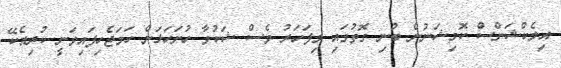
އިލެކްޝަންސް ކޮމިޝަނުން ބުނި ގޮތުގައި މިފަހަރު ވެސް ޝަކުވާ ހުށަހަޅަން ހަމަޖެހިފައިވަނީ ކުރިއެކޭ